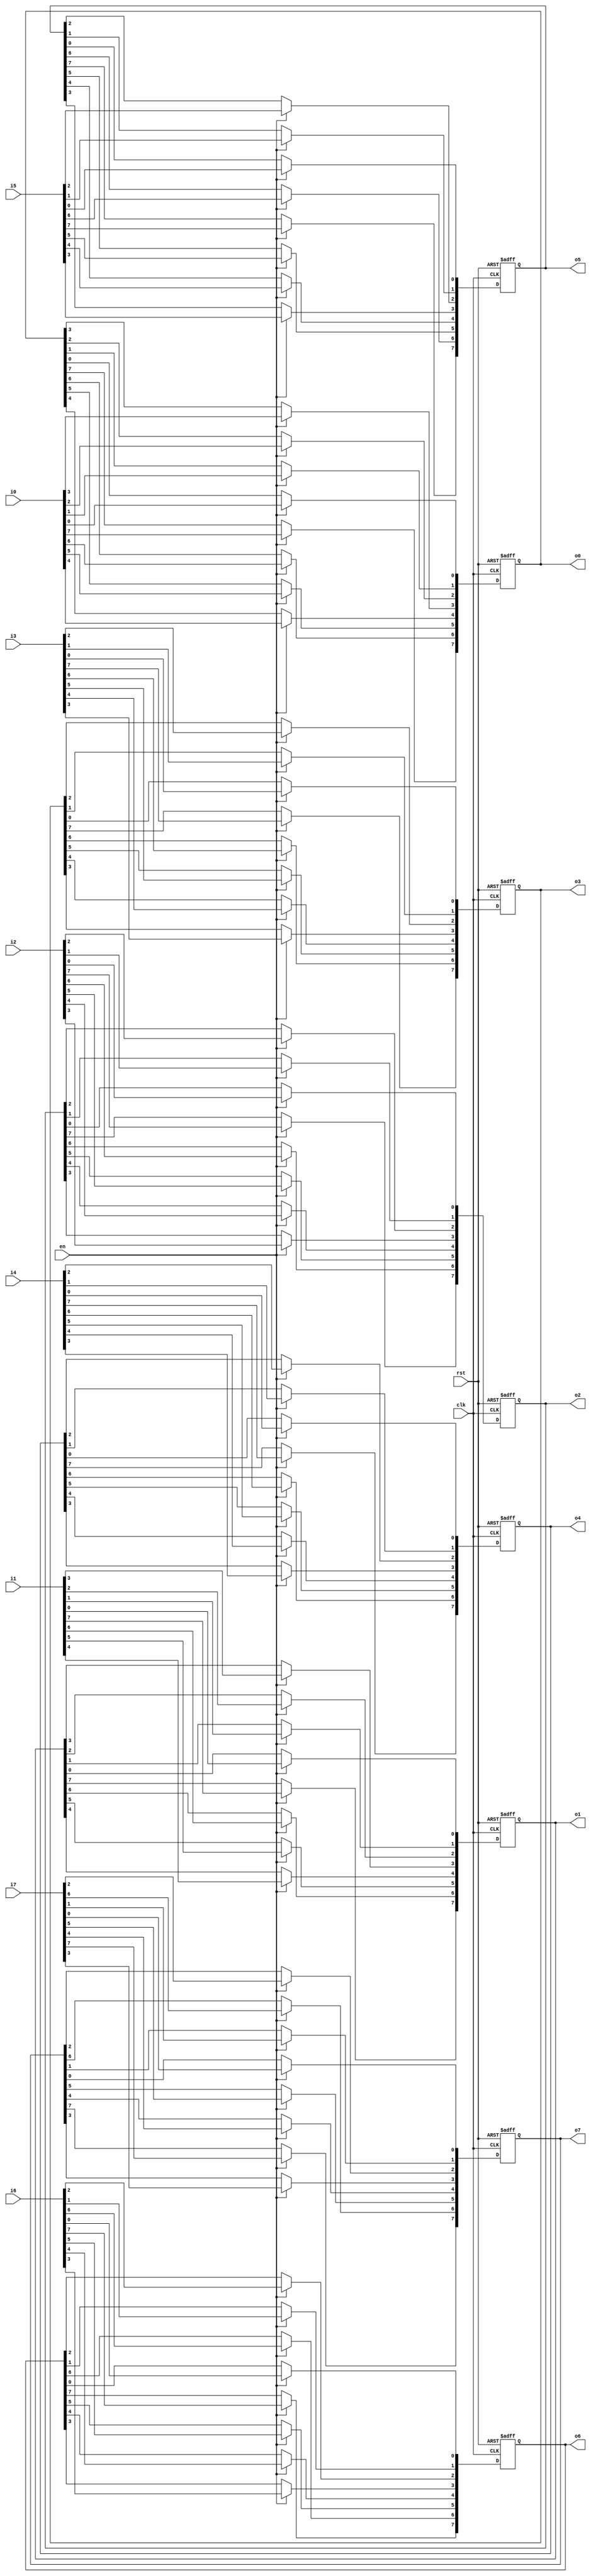
`timescale 1ns / 1ps
//////////////////////////////////////////////////////////////////////////////////
// Company: 
// Engineer: 
// 
// Design Name: 
// Module Name:    registers 
// Project Name: 
// Target Devices: 
// Tool versions: 
// Description: 
//
// Dependencies: 
//
// Revision: 
// Revision 0.01 - File Created
// Additional Comments: 
//
//////////////////////////////////////////////////////////////////////////////////
module registers (clk, rst, en, i0, i1, i2, i3, i4, i5, i6, i7, o0, o1, o2, o3, o4, o5, o6, o7
    );
	 parameter sample_size = 8;parameter complexnum_bit = 8;
	 input clk, rst, en;
	 input signed[7:0] i1,i2,i3,i4,i5,i6,i7,i0;
	 output reg signed[7:0] o1,o2,o3,o4,o5,o6,o7,o0;
	 
    integer i ;
	always@(posedge clk or posedge rst)
	begin
		if(rst)
		begin
			for (i = 0; i < sample_size; i = i + 1) 
			begin
				o0[i] <= 0;
				o1[i] <= 0;
				o2[i] <= 0;
				o3[i] <= 0;
				o4[i] <= 0;
				o5[i] <= 0;
				o6[i] <= 0;
				o7[i] <= 0;
			end
		end
		else
		begin
			i=0; 
			if(en)
			begin
				for (i = 0; i < sample_size; i = i + 1) 
				begin
					o0[i] <= i0[i];
					o1[i] <= i1[i];
					o2[i] <= i2[i];
					o3[i] <= i3[i];
					o4[i] <= i4[i];
					o5[i] <= i5[i];
					o6[i] <= i6[i];
					o7[i] <= i7[i];
				end
			end
		end
	end
endmodule